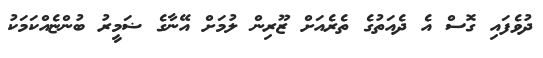
ދުވެފައި ގޮސް އެ ދެއަތުގެ ތެރެއަށް ޒޫރިން ލުމަށް އޭނާގެ ޟަމީރު ބުންޏެއްކަމަކު